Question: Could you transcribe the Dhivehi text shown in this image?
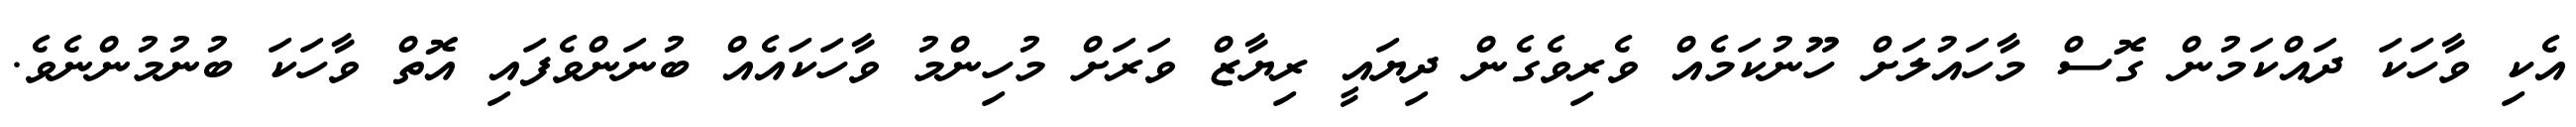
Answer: އެކި ވާހަކަ ދައްކަމުން ގޮސް މާހައުލަށް ހޫނުކަމެއް ވެރިވެގެން ދިޔައީ ރިޔާޒް ވަރަށް މުހިންމު ވާހަކައެއް ބުނަންވެފައި އޮތް ވާހަކަ ބުނުމުންނެވެ.